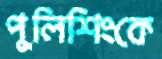
পুলিশিংকে